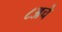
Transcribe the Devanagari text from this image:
८अचे